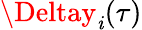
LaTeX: \Deltay_{\mathit{i}}(\tau)